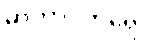
မာတာပိတရော